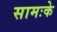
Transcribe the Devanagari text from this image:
सामःके